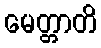
မေတ္တာတိ